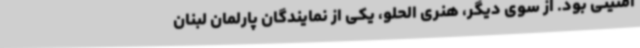
امنیتی بود. از سوی دیگر، هنری الحلو، یکی از نمایندگان پارلمان لبنان